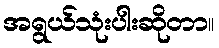
အရွယ်သုံးပါးဆိုတာ။